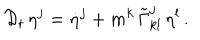
{ \cal D } _ { t } \, \eta ^ { j } = \dot { \eta } ^ { j } + \dot { m } ^ { k } \, \tilde { \Gamma } _ { k l } ^ { j } \, \eta ^ { l } \, .